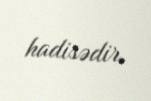
hadisədir.